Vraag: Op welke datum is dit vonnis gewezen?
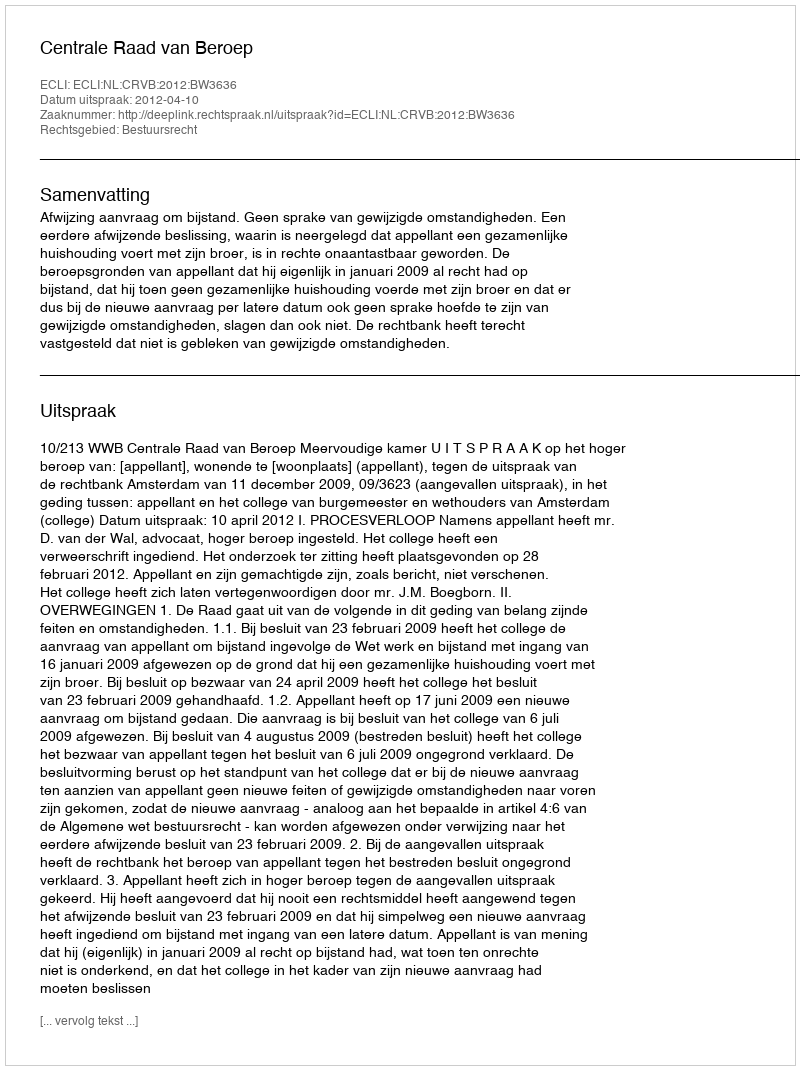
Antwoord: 2012-04-10